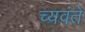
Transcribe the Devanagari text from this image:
च्यवंते